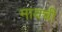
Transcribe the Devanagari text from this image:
मायची